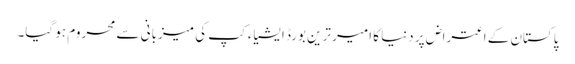
پاکستان کے اعتراض پر دنیا کا امیر ترین بورڈ ایشیاء کپ کی میزبانی سے محروم ہو گیا۔